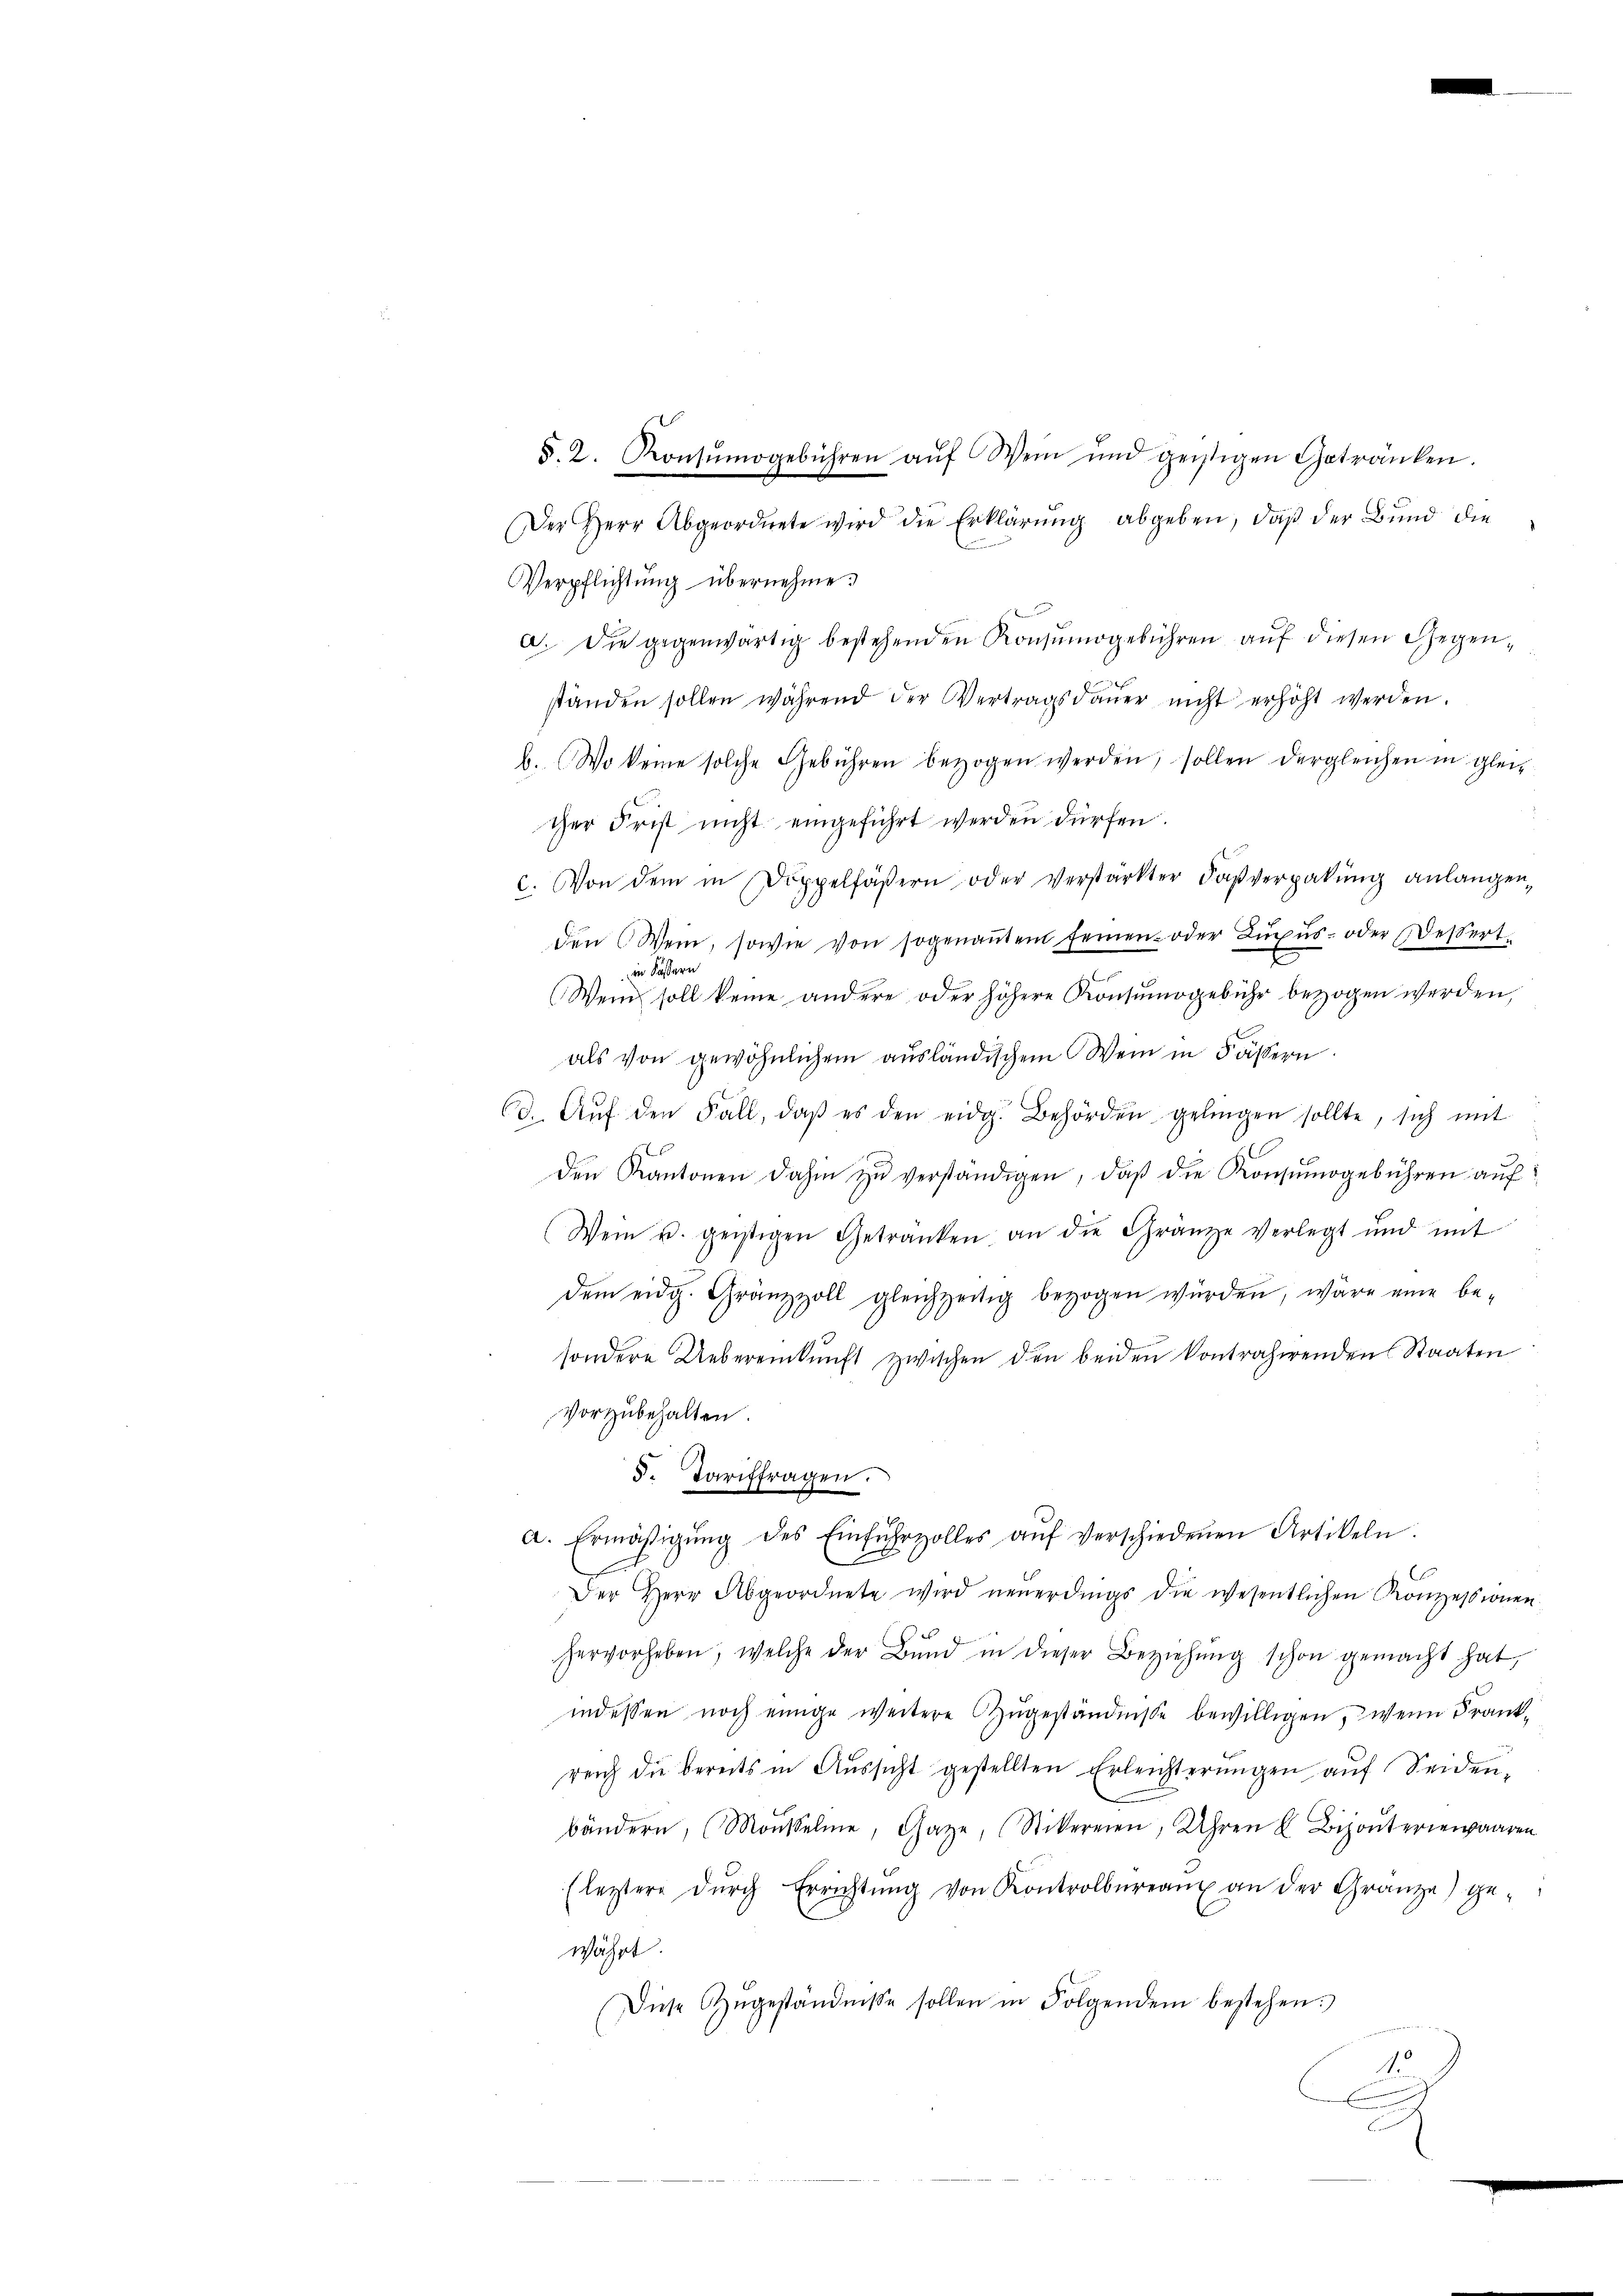
§. 2. Konsŭmogebühren aŭf Wein und geistigen Getränken.
Der Herr Abgeordnete wird die Erklärŭng abgeben, daβ der Bund die
Verpflichtung übernehme.
a. Die gegenwärtig bestehenden Konsŭmogebühren aŭf diesen Gegen-
ständen sollen während der Vertragsdaŭer nicht erhöht werden.
b. Wo keine solche Gebühren bezogen werden, sollen dergleichen in glei-
cher Frist nicht eingeführt werden dürfen.
c. Von dem in Doppelfäβern oder verstärkter Faβverpakŭng anlangen,
den Wein, sowie von sogenaṅten feinen oder Luxus- oder Dessert
in Kassern
Wen soll keine andere oder höhere Konsŭmogebühr bezogen werden,
als von gewöhnlichem aŭsländischem Wein in Fässern.
60. Aŭf den Fall, daβ es den eidg. Behörden gelingen sollte, sich mit
den Kantonen dahin zŭ verständigen, daß die Konsumogebühren auf
Wein u. geistigen Getranken an die Gränze verlegt und mit
dem eidg. Gränzzoll gleichzeitig bezogen würden, wäre eine be-
sondere Uebereinkunft zwischen den beiden kontrahirenden Staaten
vorzubehalten.
5. Tariffragen.
a. Ermäβigŭng des Einfŭhrzolles aŭf verschiedenen Artikeln.
Der Herr Abgeordnete wird neuerdings die wesentlichen Konzessionen
hervorheben, welche der Bŭnd in dieser Beziehŭng schon gemacht hat,
indessen noch einige weitere Augeständnisse bewilligen, wenn Frankreich die bereits in Aŭssicht gestellten Erleichterŭngen aŭf Seiden,
bändern, (Moŭssele, Gaze, (Stikereien, Uhren u. Bizonteriewaaren
(leztere dŭrch Errichtŭng von Kontrolbureaux an der Gränze) ge-
währt.
Diese Zugeständnisse sollen in Folgendem bestehen:
1